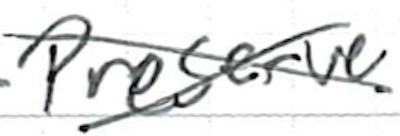
Text: Preserve
Cross-out: cross
Writing tool: ballpoint